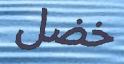
خضل